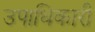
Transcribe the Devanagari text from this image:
उपाधिकारी